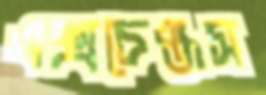
এক্সচেঞ্জস